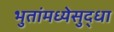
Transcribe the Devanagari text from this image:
भुतांमध्येसुद्धा